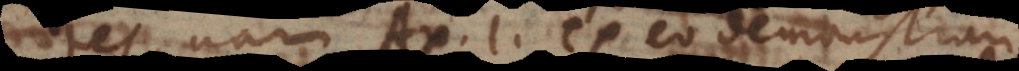
tes, nam Ax. 1. ex eo demonstrar